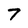
Character: 7